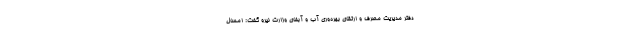
دفتر مدیریت مصرف و ارتقای بهره‌وری آب و آبفای وزارت نیرو گفت: امسال